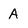
Character: A